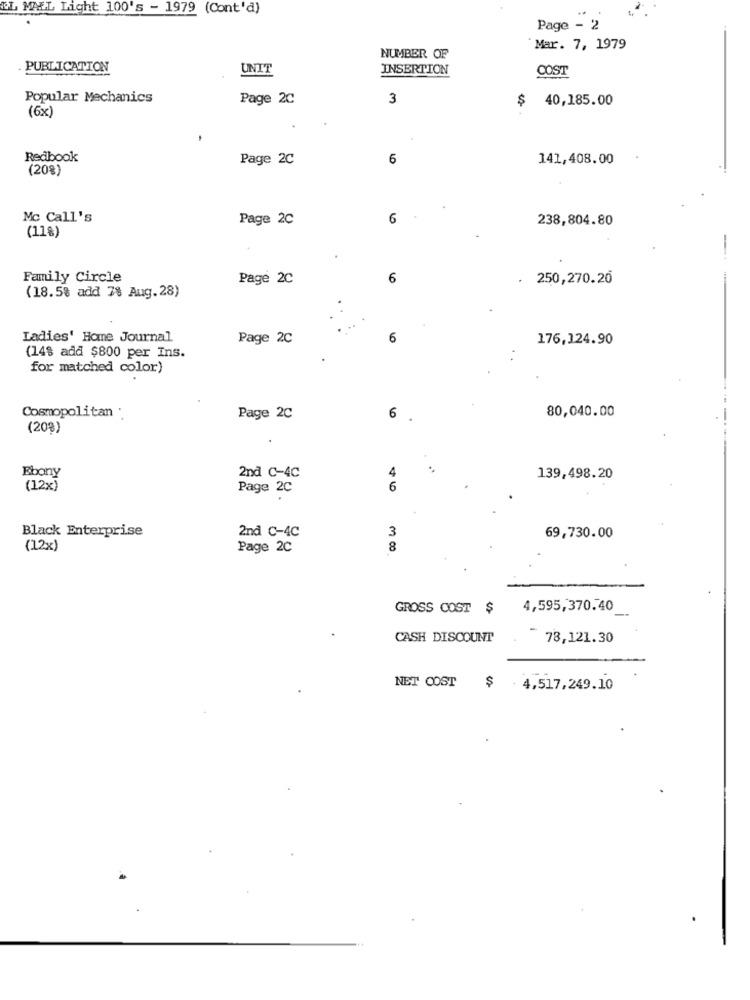
IL MALL Light 100's - 1979 (Cont'd)
Page - 2
Mar. 7, 1979
NUMBER OF
PUBLICATION
UNIT
INSERTION
COST
Popular Mechanics
Page 2C
3
$ 40,185.00
(6x)
Redbook
Page 2C
6
141,408.00
(20%)
Mc Call's
Page 2C
6
238,804.80
(118)
-
Family Circle
Page 2C
6
250,270.20
(18.5% add 7% Aug. 28)
Ladies' Home Journal
Page 2C
6
176,124.90
(148 add $800 per Ins.
for matched color)
Cosmopolitan .
80,040.00
Page 2C
6
(20%)
Ebony
2nd C-4C
4
139,498.20
(12x)
Page 2C
6
Black Enterprise
2nd C-4C
3
69,730.00
(12x)
Page 2C
8
GROSS COST$
4,595,370.40
CASH DISCOUNT
- 78,121.30
NET COST $ 4,517,249.10